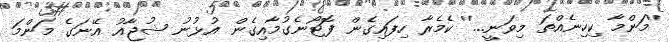
''މަންމާ ކިހިނެއްތަ މިވަނީ...'' ކެމެރާ ހިފައިގެން ފޮޓޯނެގުމާއިގެން އުޅުނު ޝުޖާއު އޭނަގެ މަންމަ